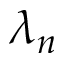
\lambda _ { n }